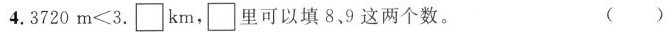
4. $$3 7 2 0 m ≤ 3$$. \Box km，\Box 里可以填8，9这两个数。( )